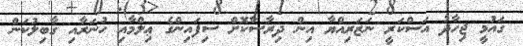
ގައުމީ ޖިހާދު އަސްކަރީ ނަޒަރިއްޔާ އިން ދިރާސާކޮށް ސިފައިންގެ ޢިލްމާއި ހުނަރާއި ގާބިލުކަން